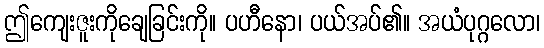
ဤကျေးဇူးကိုချေခြင်းကို။ ပဟီနော၊ ပယ်အပ်၏။ အယံပုဂ္ဂလော၊